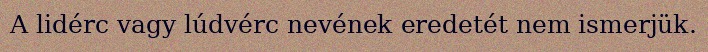
A lidérc vagy lúdvérc nevének eredetét nem ismerjük.